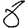
Digit: 8